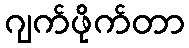
ဂျက်ဖိုက်တာ